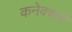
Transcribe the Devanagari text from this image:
कनेक्शने